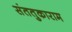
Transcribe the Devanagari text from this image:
संततुकाराम